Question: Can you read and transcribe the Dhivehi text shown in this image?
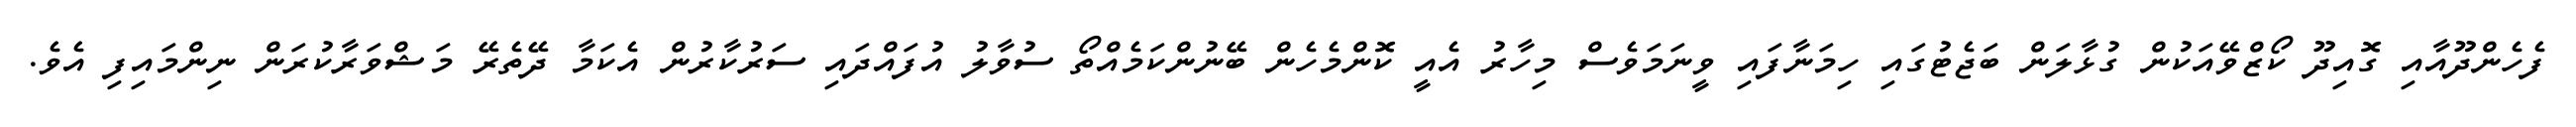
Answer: ފެހެންދޫއާއި ގޮއިދޫ ކޯޒްވޭއަކުން ގުޅާލަން ބަޖެޓުގައި ހިމަނާފައި ވީނަމަވެސް މިހާރު އެއީ ކޮންމެހެން ބޭނުންކަމެއްތޯ ސުވާލު އުފައްދައި ސަރުކާރުން އެކަމާ ދޭތެރޭ މަޝްވަރާކުރަން ނިންމައިފި އެވެ.